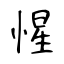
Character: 惺